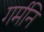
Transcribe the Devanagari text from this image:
गर्मनि